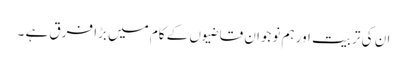
ان کی تربیت اور ہم نوجوان قاضیوں کے کام میں بڑا فرق ہے ۔